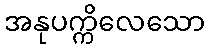
အနုပက္ကိလေသော